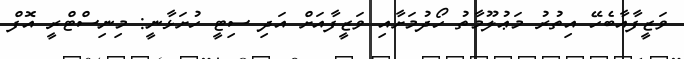
ވަޒީފާއާބެހޭ އިތުރު މަޢުލޫމާތު ހޯދުމަށާއި ވަޒީފާއަށް އަދި ސިޓީ ހުށަޅާނީ: މިނިސްޓްރީ އޮފް